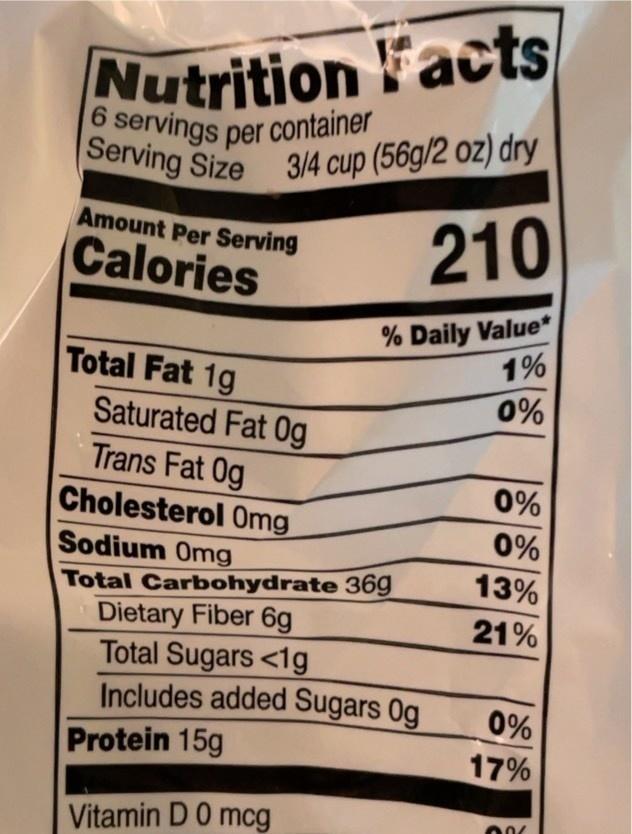
Serving Size 3/4 cup (56g/2 oz) dry|
6 servings per container
Nutrition Facts
Serving Size
210
Amount Per Serving
Calories
% Daily Value* 1%
Total Fat 1g Saturated Fat Og Trans Fat 0g Cholesterol Omg
0%
0%
0%
Sodium Omg Total Carbohydrate 36g Dietary Fiber 6g Total Sugars <1g Includes added Sugars 0g Protein 15g
13%
21%
0%
17%
Vitamin D0 mcg